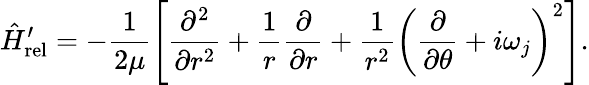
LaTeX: \hat{H}_{\mathrm{rel}}^{\prime}=-\frac{1}{2\mu}\left[\frac{\partial^{2}}{\partial r^{2}}+\frac{1}{r}\frac{\partial}{\partial r}+\frac{1}{r^{2}}\left(\frac{\partial}{\partial\theta}+i\omega_{j}\right)^{2}\right].